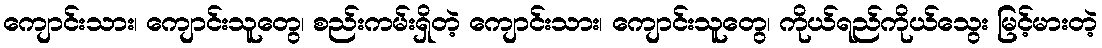
ကျောင်းသား၊ ကျောင်းသူတွေ၊ စည်းကမ်းရှိတဲ့ ကျောင်းသား၊ ကျောင်းသူတွေ၊ ကိုယ်ရည်ကိုယ်သွေး မြင့်မားတဲ့